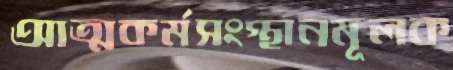
আত্মকর্মসংস্থানমূলক